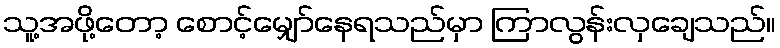
သူ့အဖို့တော့ စောင့်မျှော်နေရသည်မှာ ကြာလွန်းလှချေသည်။